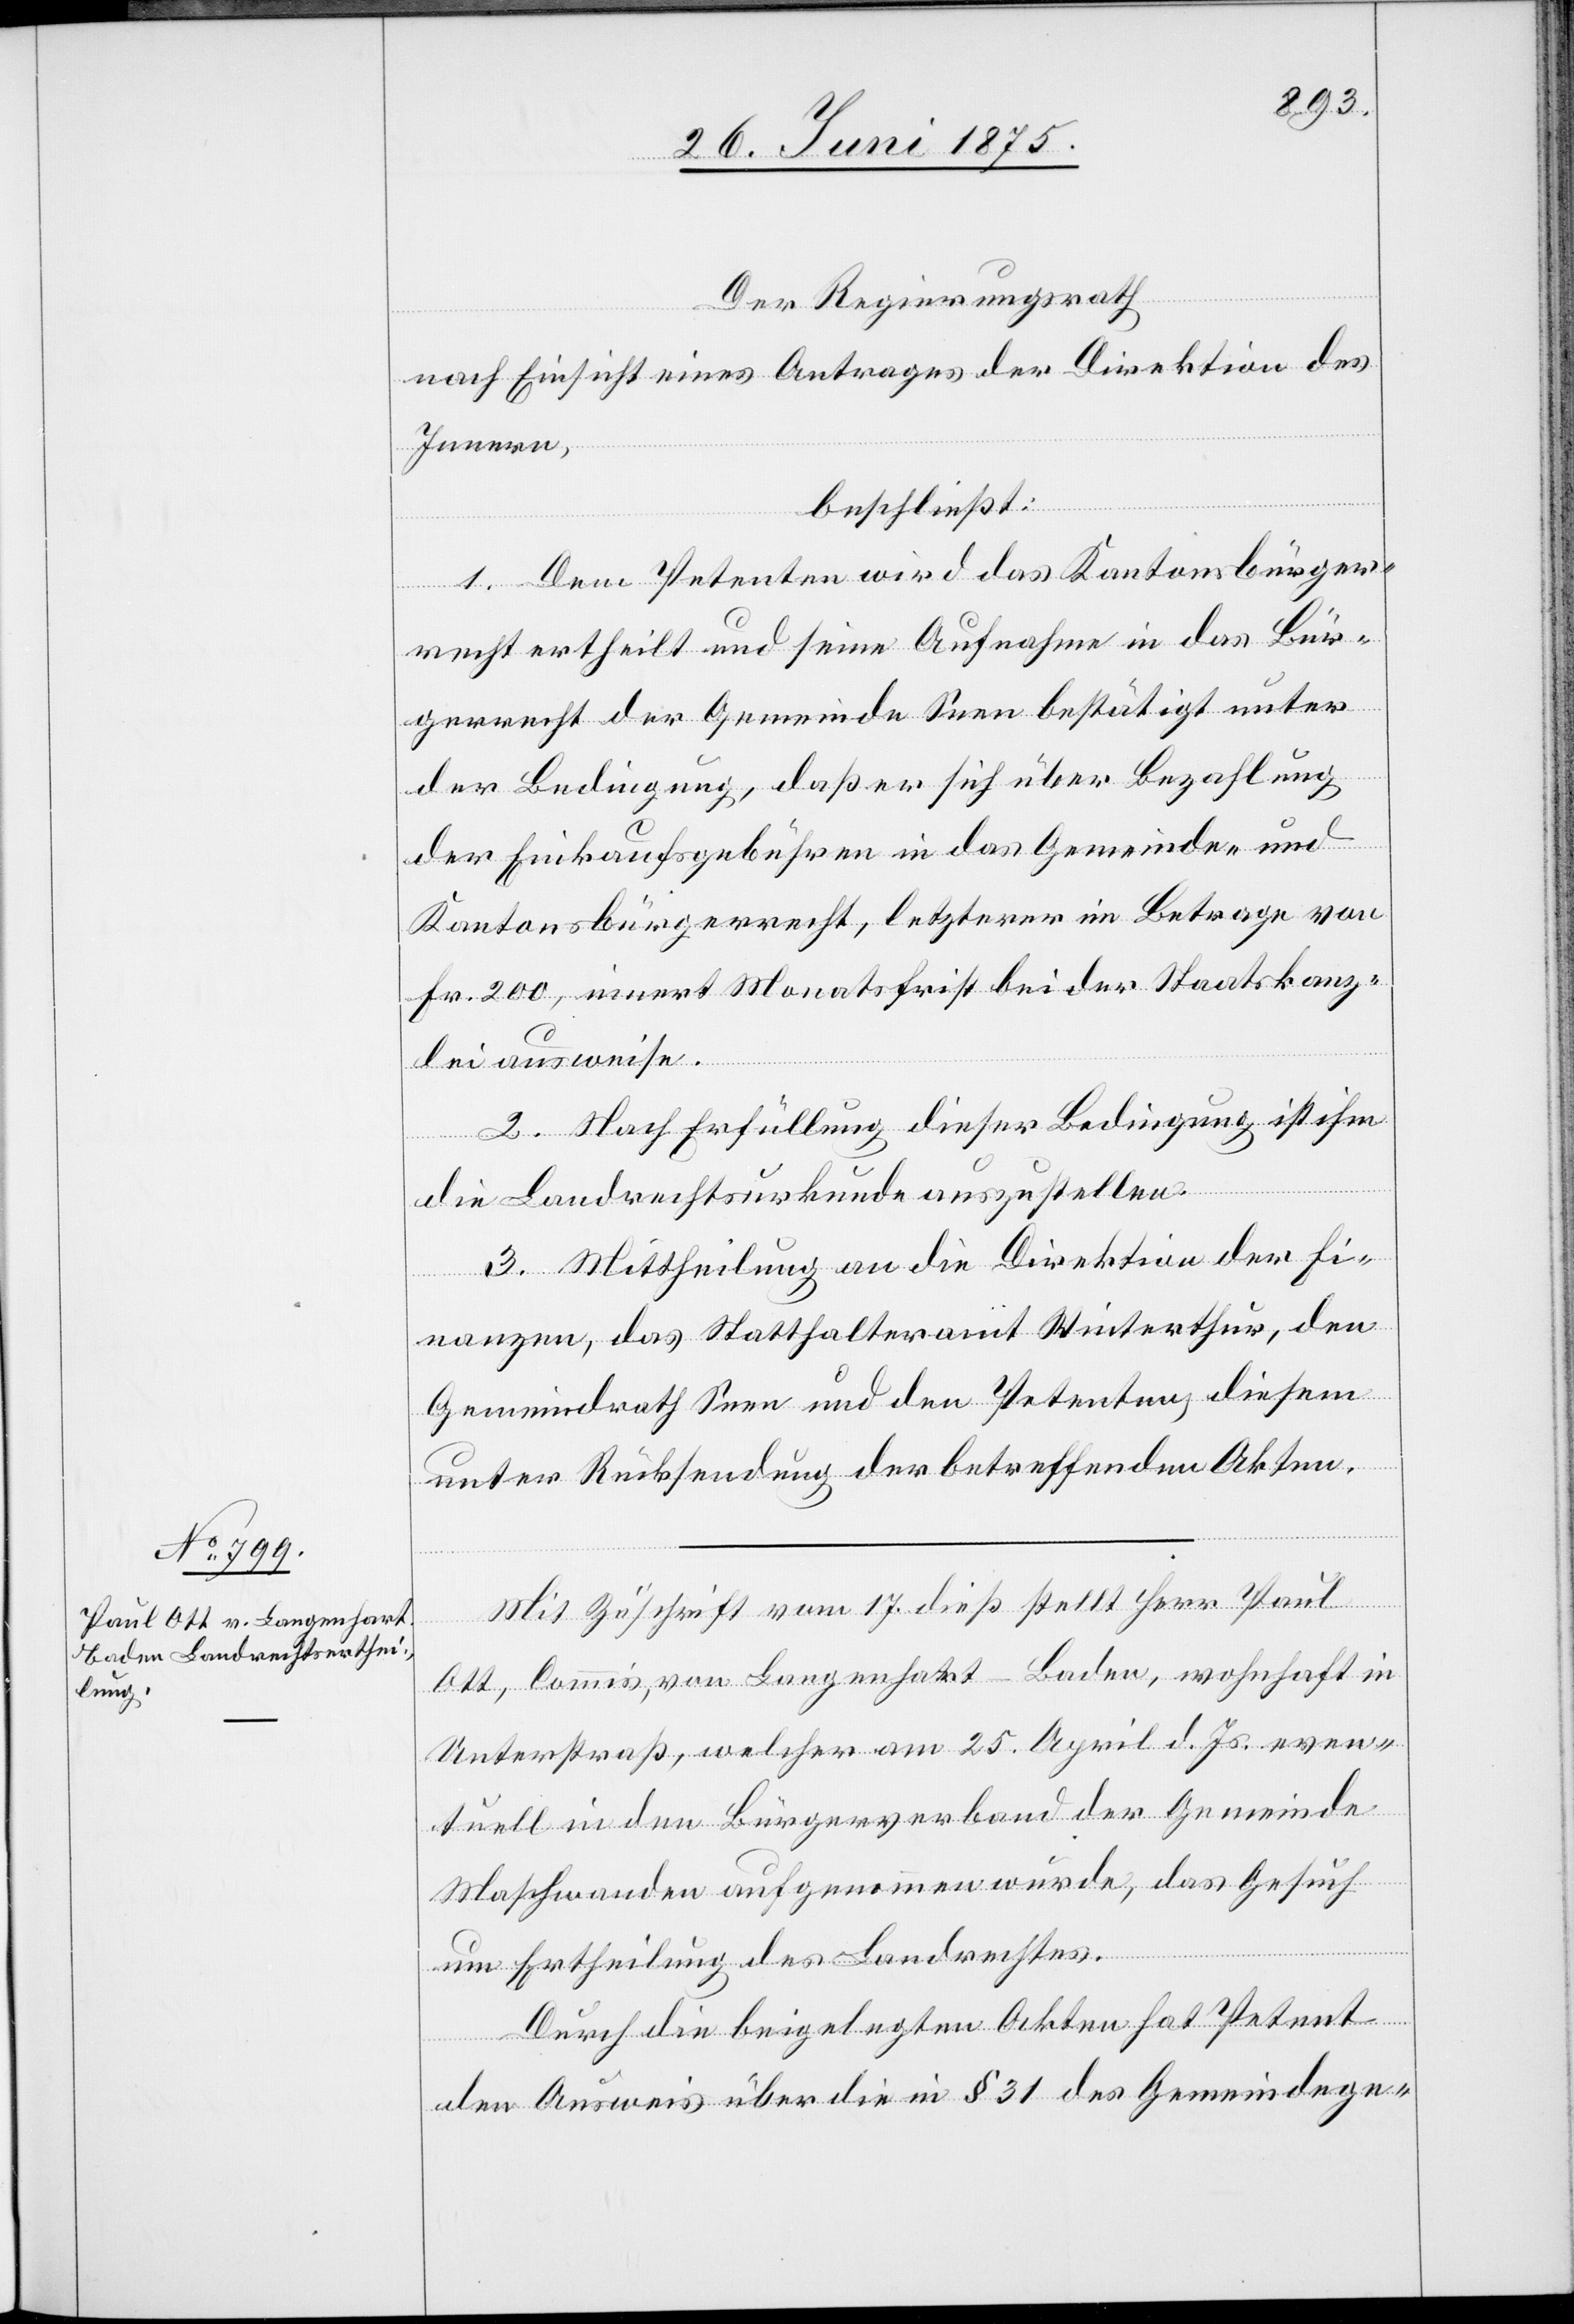
Mit Zuschrift vom 17. dieß stellt Herr Paul
Ott, Commis, von Langenhart - Baden, wohnhaft in
Unterstraß, welcher am 25. April d. Js. even¬
tuell in den Bürgerverband der Gemeinde
Maschwanden aufgenommen wurde, das Gesuch
um Ertheilung des Landrechtes.
Durch die beigelegten Akten hat Petent
den Ausweis über die in § 31 des Gemeindege-